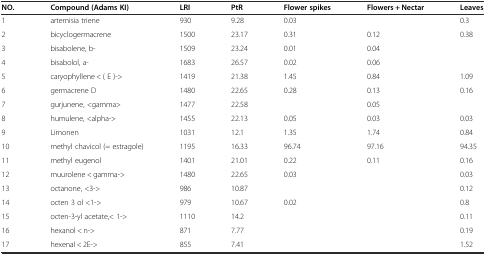
<table><thead><tr><td><b>NO.</b></td><td><b>Compound (Adams KI)</b></td><td><b>LRI</b></td><td><b>PtR</b></td><td><b>Flower spikes</b></td><td><b>Flowers + Nectar</b></td><td><b>Leaves</b></td></tr></thead><tbody><tr><td>1</td><td>artemisia triene</td><td>930</td><td>9.28</td><td>0.03</td><td></td><td>0.3</td></tr><tr><td>2</td><td>bicyclogermacrene</td><td>1500</td><td>23.17</td><td>0.31</td><td>0.12</td><td>0.38</td></tr><tr><td>3</td><td>bisabolene, b-</td><td>1509</td><td>23.24</td><td>0.01</td><td>0.04</td><td></td></tr><tr><td>4</td><td>bisabolol, a-</td><td>1683</td><td>26.57</td><td>0.02</td><td>0.06</td><td></td></tr><tr><td>5</td><td>caryophyllene &lt; ( E )-&gt;</td><td>1419</td><td>21.38</td><td>1.45</td><td>0.84</td><td>1.09</td></tr><tr><td>6</td><td>germacrene D</td><td>1480</td><td>22.65</td><td>0.28</td><td>0.13</td><td>0.16</td></tr><tr><td>7</td><td>gurjunene, &lt;gamma&gt;</td><td>1477</td><td>22.58</td><td></td><td>0.05</td><td></td></tr><tr><td>8</td><td>humulene, &lt;alpha-&gt;</td><td>1455</td><td>22.13</td><td>0.05</td><td>0.03</td><td>0.03</td></tr><tr><td>9</td><td>Limonen</td><td>1031</td><td>12.1</td><td>1.35</td><td>1.74</td><td>0.84</td></tr><tr><td>10</td><td>methyl chavicol (= estragole)</td><td>1195</td><td>16.33</td><td>96.74</td><td>97.16</td><td>94.35</td></tr><tr><td>11</td><td>methyl eugenol</td><td>1401</td><td>21.01</td><td>0.22</td><td>0.11</td><td>0.16</td></tr><tr><td>12</td><td>muurolene &lt; gamma-&gt;</td><td>1480</td><td>22.65</td><td>0.03</td><td></td><td>0.03</td></tr><tr><td>13</td><td>octanone, &lt;3-&gt;</td><td>986</td><td>10.87</td><td></td><td></td><td>0.12</td></tr><tr><td>14</td><td>octen 3 ol &lt;1-&gt;</td><td>979</td><td>10.67</td><td>0.02</td><td></td><td>0.8</td></tr><tr><td>15</td><td>octen-3-yl acetate,&lt; 1-&gt;</td><td>1110</td><td>14.2</td><td></td><td></td><td>0.11</td></tr><tr><td>16</td><td>hexanol &lt; n-&gt;</td><td>871</td><td>7.77</td><td></td><td></td><td>0.19</td></tr><tr><td>17</td><td>hexenal &lt; 2E-&gt;</td><td>855</td><td>7.41</td><td></td><td></td><td>1.52</td></tr></tbody></table>